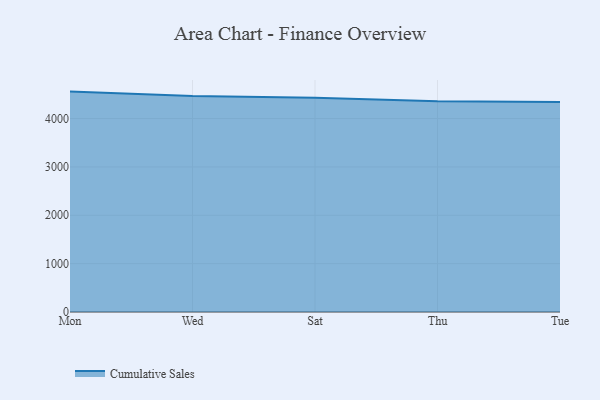
{"axis": {"x": "Day", "y": "Customer Acquisition Cost (USD)"}, "legend": ["Cumulative Sales"], "data": [{"x": "Mon", "y": 4557.1, "type": "Cumulative Sales"}, {"x": "Wed", "y": 4464.4, "type": "Cumulative Sales"}, {"x": "Sat", "y": 4431.8, "type": "Cumulative Sales"}, {"x": "Thu", "y": 4357.7, "type": "Cumulative Sales"}, {"x": "Tue", "y": 4341.9, "type": "Cumulative Sales"}]}